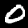
Label: 0